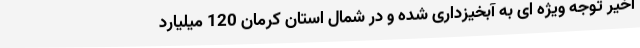
اخیر توجه ویژه ای به آبخیزداری شده و در شمال استان کرمان 120 میلیارد